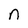
Character: n